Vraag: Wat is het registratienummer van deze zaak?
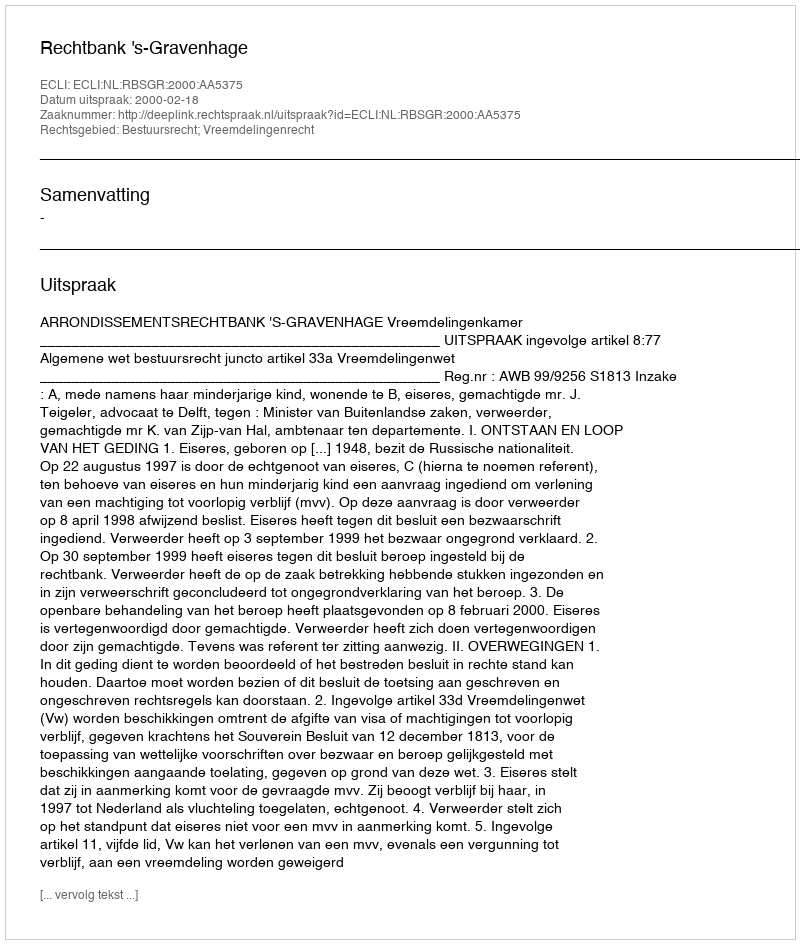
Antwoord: http://deeplink.rechtspraak.nl/uitspraak?id=ECLI:NL:RBSGR:2000:AA5375